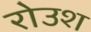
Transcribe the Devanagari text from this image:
रोउश